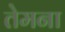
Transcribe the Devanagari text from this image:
तेमना